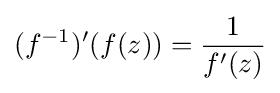
(f^{-1})'(f(z))={\frac {1}{f'(z)}}